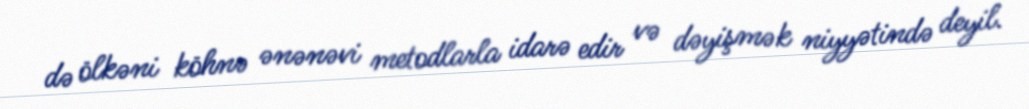
də ölkəni köhnə ənənəvi metodlarla idarə edir və dəyişmək niyyətində deyil.